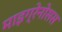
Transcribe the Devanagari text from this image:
माइग्रेनोसस